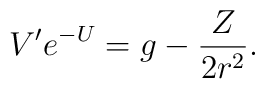
V^{\prime }e^{-U}=g-\frac{Z}{2r^{2}}.